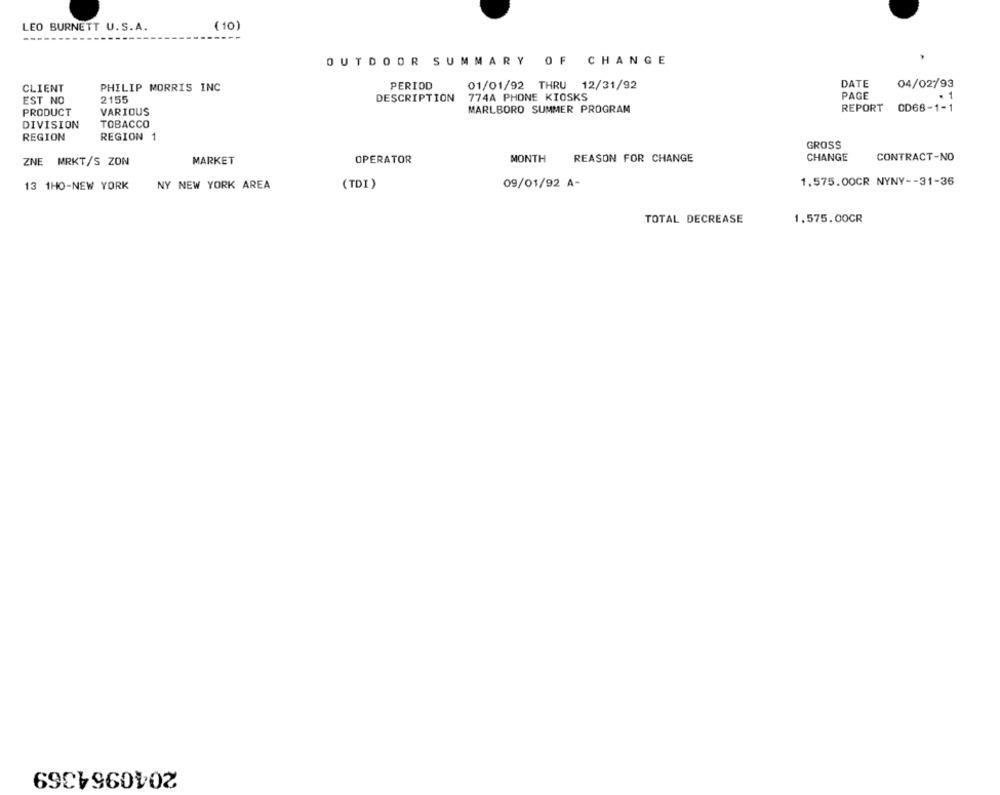
LEO BURNETT U.S.A.
(10)
OUTDOOR SUMMARY OF CHANGE
CLIENT
PHILIP MORRIS INC
PERIOD
01/01/92 THRU 12/31/92
DATE
04/02/93
PAGE
1
EST NO
2155
DESCRIPTION
774A PHONE KIOSKS
PRODUCT
VARIOUS
MARLBORO SUMMER PROGRAM
REPORT
OD68-1-1
DIVISION
TOBACCO
REGION
REGION 1
GROSS
OPERATOR
MONTH
REASON FOR CHANGE
CHANGE
CONTRACT-NO
ZNE MRKT/S ZON
MARKET
09/01/92 A-
1,575.00CR NYNY -- 31-36
13 1HO-NEW YORK
NY NEW YORK AREA
(TDI )
TOTAL DECREASE
1.575.00CR
2040964369